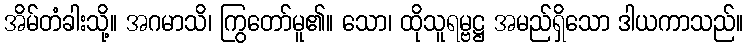
အိမ်တံခါးသို့။ အဂမာသိ၊ ကြွတော်မူ၏။ သော၊ ထိုသူရမ္ဗဋ္ဌ အမည်ရှိသော ဒါယကာသည်။